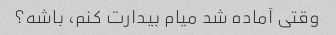
وقتی آماده شد میام بیدارت کنم، باشه؟